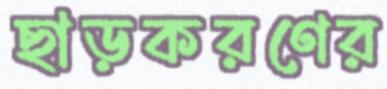
ছাড়করণের